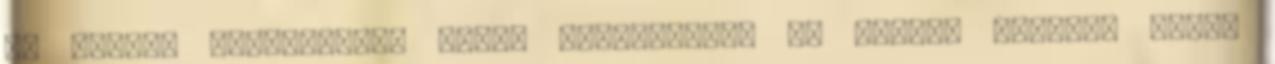
Az alábbi lehetőségek közül választhat: Ha minden oldalon hozzá